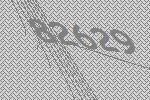
82629